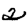
Digit: 2